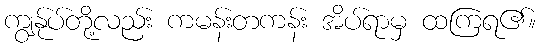
ကျွန်ုပ်တို့လည်း ကမန်းတကန်း အိပ်ရာမှ ထကြရ၏။